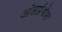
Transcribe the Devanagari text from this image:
अंतर्प्रवेश